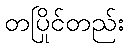
တပြိုင်တည်း